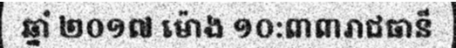
ឆ្នាំ ២០១៧ ម៉ោង ១០:៣៣រាជធានី